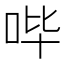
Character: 哔